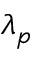
\lambda _ { p }